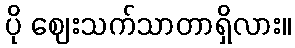
ပို ဈေးသက်သာတာရှိလား။